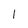
Character: l